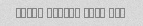
ghaza kheili sard bod